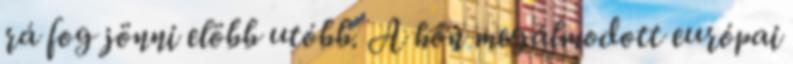
rá fog jönni elöbb utóbb. A hőn megálmodott európai